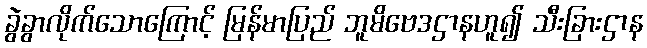
ခွဲခွာလိုက်သောကြောင့် မြန်မာပြည် ဘူမိဗေဒဌာနဟူ၍ သီးခြားဌာန